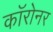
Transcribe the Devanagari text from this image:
कॉरोनर